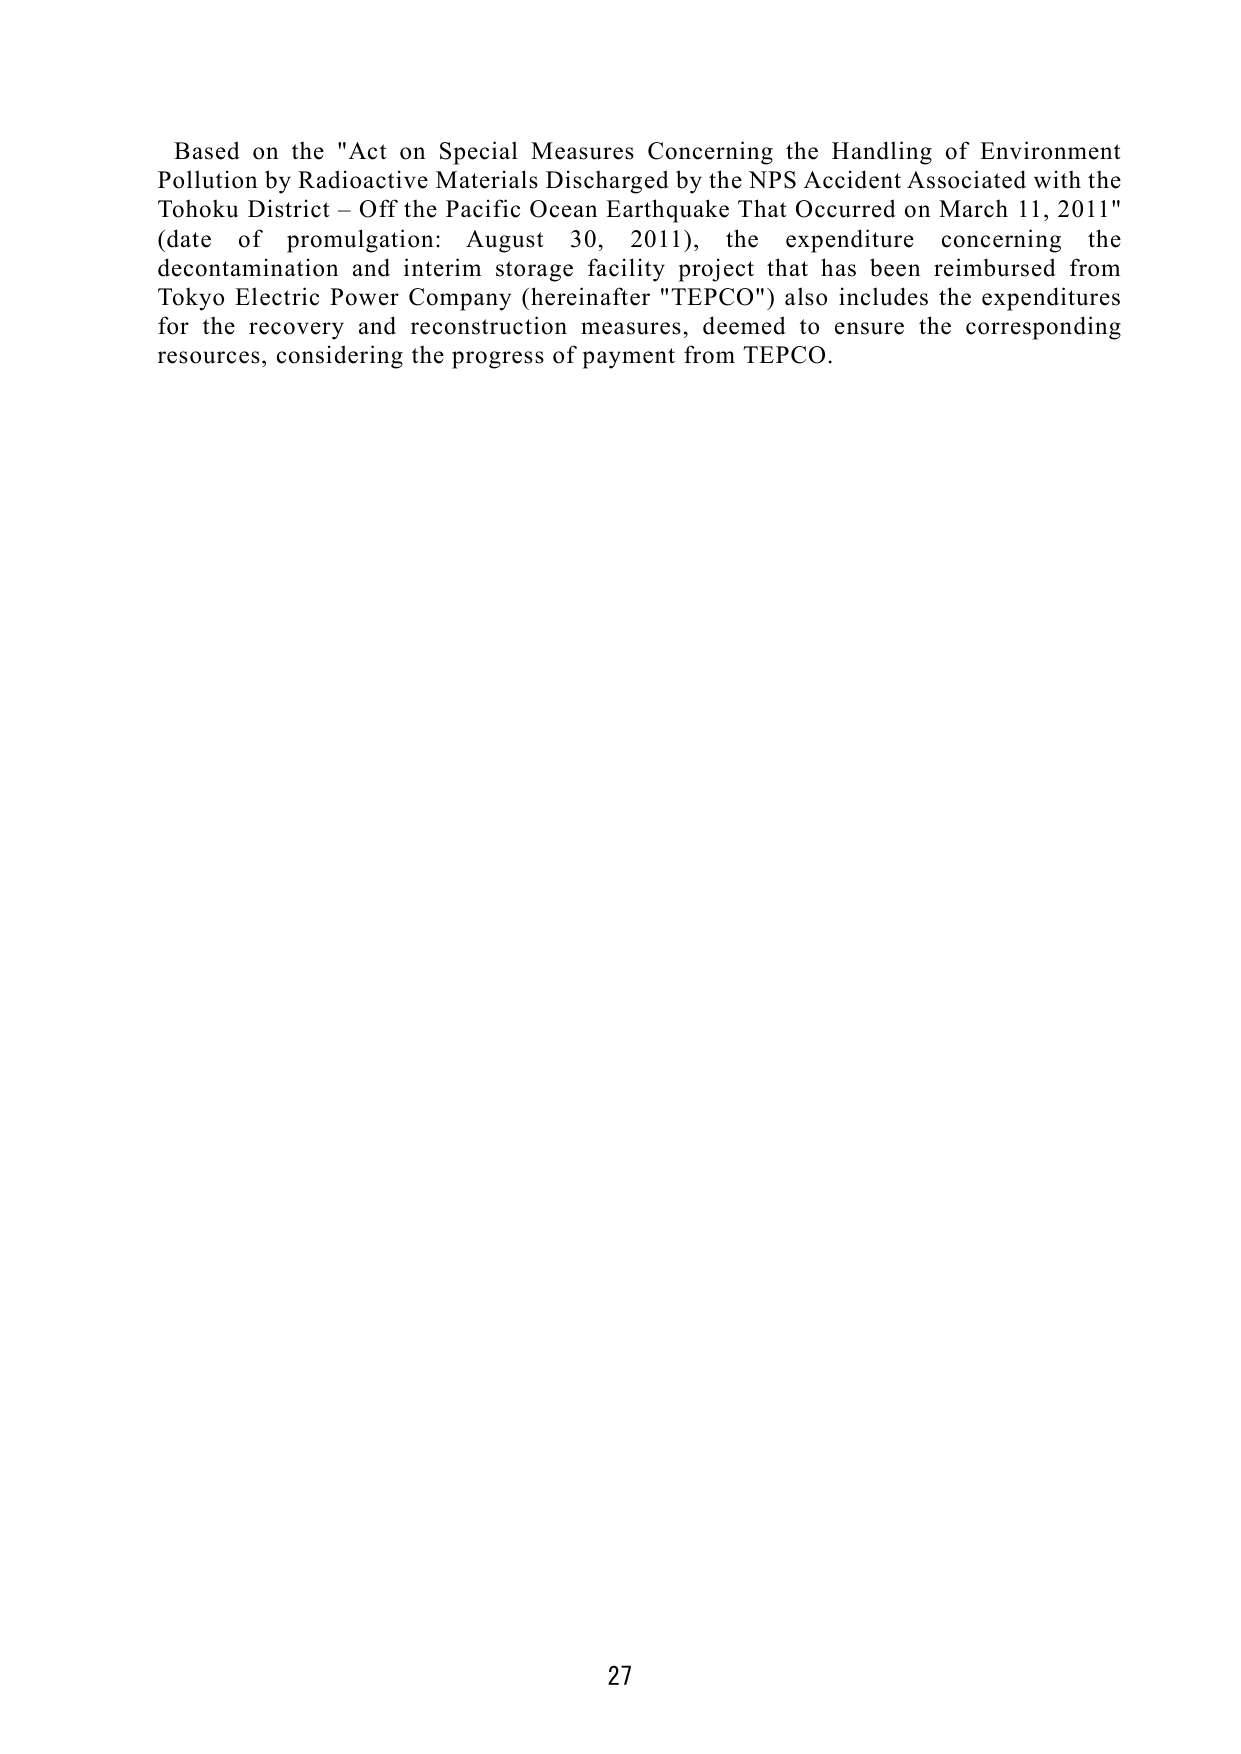
Based on the "Act on Special Measures Concerning the Handling of Environment Pollution by Radioactive Materials Discharged by the NPS Accident Associated with the Tohoku District – Off the Pacific Ocean Earthquake That Occurred on March 11, 2011" (date of promulgation: August 30, 2011), the expenditure concerning the decontamination and interim storage facility project that has been reimbursed from Tokyo Electric Power Company (hereinafter "TEPCO") also includes the expenditures for the recovery and reconstruction measures, deemed to ensure the corresponding resources, considering the progress of payment from TEPCO.

27